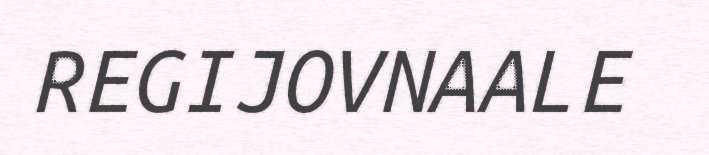
REGIJOVNAALE